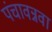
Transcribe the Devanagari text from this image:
पंचावन्नवा